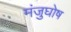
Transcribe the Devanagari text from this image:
मंजुघोष